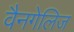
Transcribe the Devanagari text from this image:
वैनगेलिज